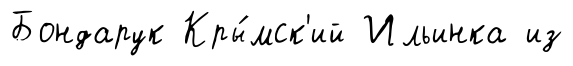
Бондарук Кры́мск'ий Ильинка из